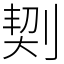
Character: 㓶